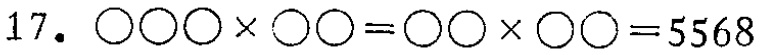
17. $\bigcirc\bigcirc\bigcirc\times\bigcirc\bigcirc=\bigcirc\bigcirc\times\bigcirc\bigcirc = 5568$